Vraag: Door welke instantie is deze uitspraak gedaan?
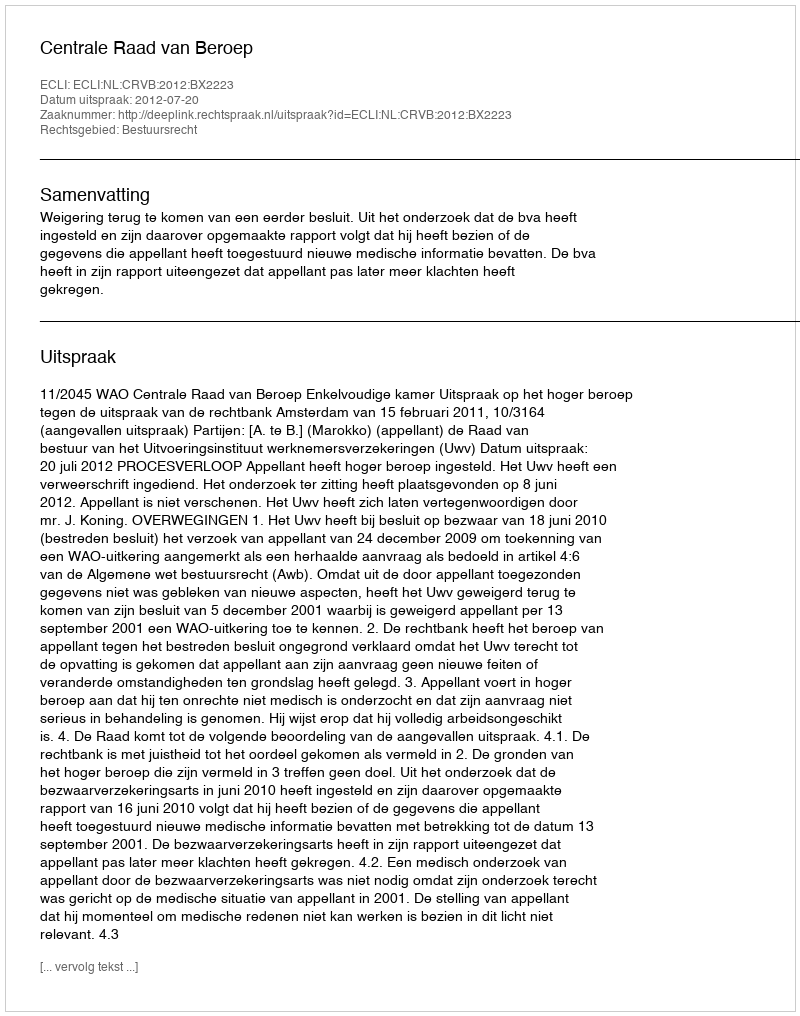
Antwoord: Centrale Raad van Beroep